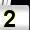
Digit: 2